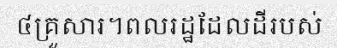
៤គ្រួសារ។ពលរដ្ឋដែលដីរបស់